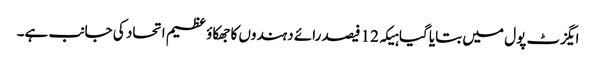
ایگزٹ پول میں بتایا گیا ہیکہ 12 فیصد رائے دہندوں کا جھکاؤ عظیم اتحاد کی جانب ہے۔